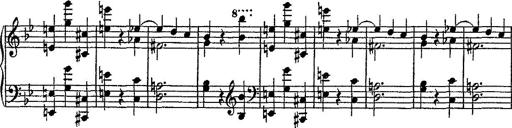
Title: Scherzo
Composer: Rogelio Villar
Key: D minor